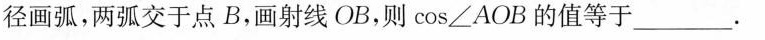
径画弧，两弧交于点B，画射线OB，则cos∠AOB的值等于___.